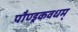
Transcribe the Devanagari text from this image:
पौण्ड्रकवधम्